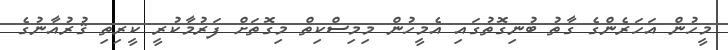
މީހުން އަހަރެންގެ ގާތު ބުނިގޮތުގައި އެމީހުން މިމިސްކިތް މިގޮތަށް ފަރުމާކުރީ ކީރިތި ޤުރުއާނުގެ